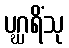
ပဂ္ဃရိံသု